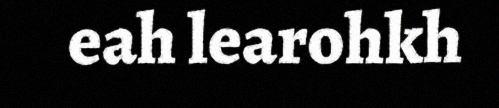
eah learohkh